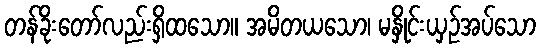
တန်ခိုးတော်လည်းရှိထသော။ အမိတယသော၊ မနှိုင်းယှဉ်အပ်သော